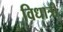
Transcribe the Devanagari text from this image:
विधात्री